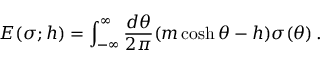
{ \cal E } ( \sigma ; h ) = \int _ { - \infty } ^ { \infty } { \frac { d \theta } { 2 \pi } } ( m \cosh \theta - h ) \sigma ( \theta ) \, .